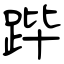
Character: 跸